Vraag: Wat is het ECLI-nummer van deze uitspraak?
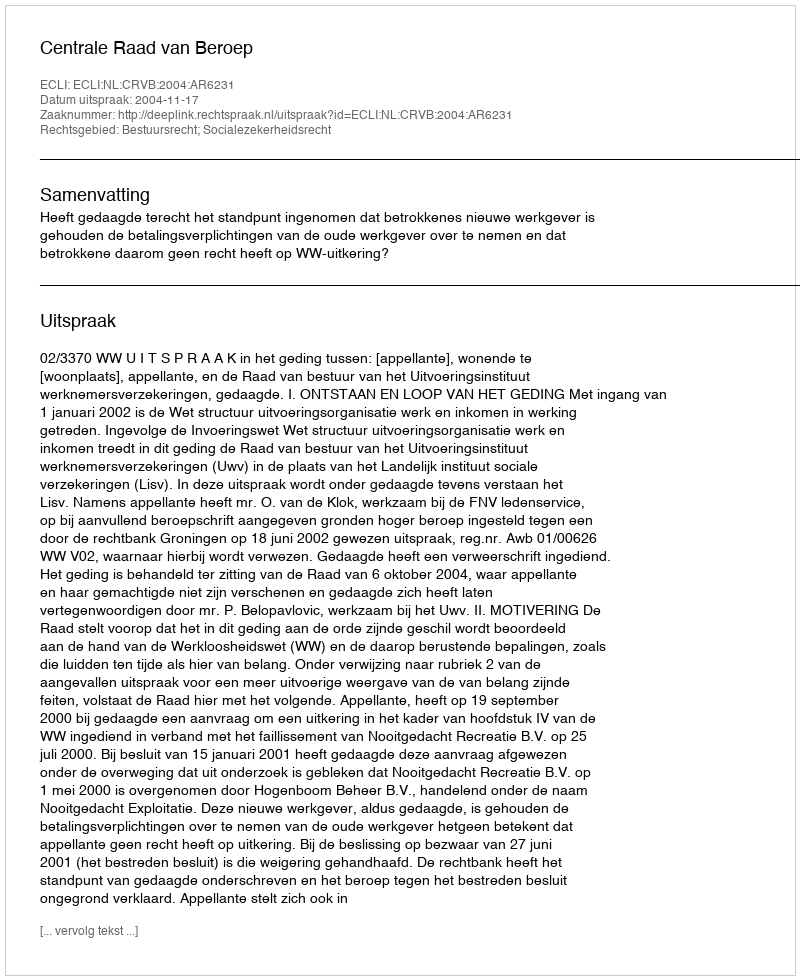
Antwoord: ECLI:NL:CRVB:2004:AR6231